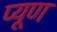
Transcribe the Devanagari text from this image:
प्यूण